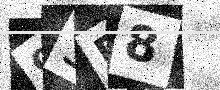
Text: 9SF8